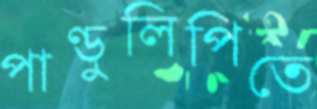
পাণ্ডুলিপিতে